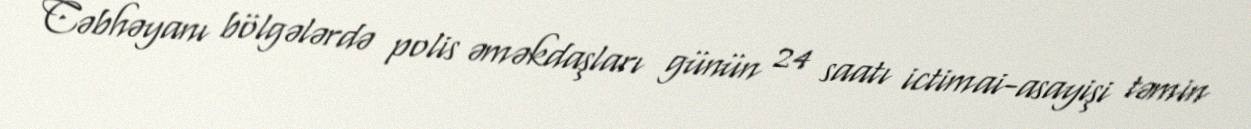
Cəbhəyanı bölgələrdə polis əməkdaşları günün 24 saatı ictimai-asayişi təmin